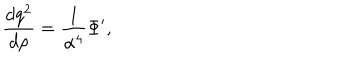
{ \frac { d q ^ { 2 } } { d \rho } } = { \frac { 1 } { \alpha ^ { 4 } } } \Phi ^ { \prime } ,